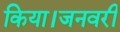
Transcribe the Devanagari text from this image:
किया।जनवरी